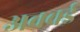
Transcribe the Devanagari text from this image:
अववई